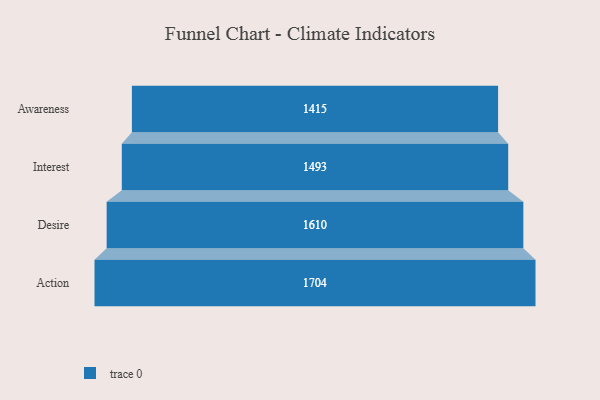
{"axis": {"x": "Stage", "y": "Value"}, "legend": [""], "data": [{"x": "Awareness", "y": 1415.0, "type": ""}, {"x": "Interest", "y": 1493.0, "type": ""}, {"x": "Desire", "y": 1610.0, "type": ""}, {"x": "Action", "y": 1704.0, "type": ""}]}